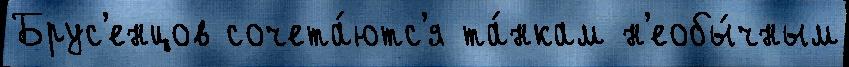
Брус'енцов сочета́ютс'я та́нкам н'еобы́чным